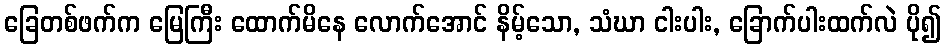
ခြေတစ်ဖက်က မြေကြီး ထောက်မိနေ လောက်အောင် နိမ့်သော, သံဃာ ငါးပါး, ခြောက်ပါးထက်လဲ ပို၍